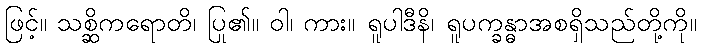
ဖြင့်။ သစ္ဆိကရောတိ၊ ပြု၏။ ဝါ၊ ကား။ ရူပါဒီနိ၊ ရူပက္ခန္ဓာအစရှိသည်တို့ကို။